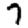
Digit: 7